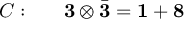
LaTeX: C : ~ ~ ~ ~ ~ { \bf 3 } \otimes \bar { \bf 3 } = { \bf 1 } + { \bf 8 }